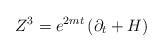
LaTeX: \begin{align*}Z^{3}=e^{2mt}\left( \partial _{t}+H\right)\end{align*}